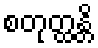
စတုတ္ထန္တိ